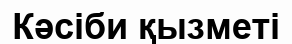
Кәсіби қызметі